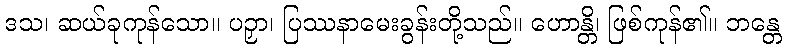
ဒသ၊ ဆယ်ခုကုန်သော။ ပဉှာ၊ ပြဿနာမေးခွန်းတို့သည်။ ဟောန္တိ၊ ဖြစ်ကုန်၏။ ဘန္တေ